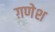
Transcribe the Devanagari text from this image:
ग़णेश